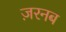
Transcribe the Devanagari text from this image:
ज़रनब